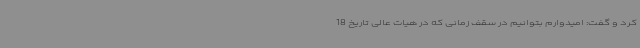
کرد و گفت: امیدوارم بتوانیم در سقف زمانی که در هیات عالی تاریخ 18